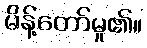
မိန့်တော်မူ၏။